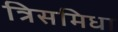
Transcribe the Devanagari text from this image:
त्रिसमिधा